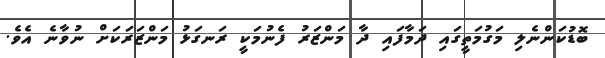
ބޮޑުކަންނެލި މަގުމަތީގައި ދަމާފައި ދާ މަންޒަރު ފެނުމަކީ ރަނގަޅު މަންޒަރަކަށް ނުވާނެ އެވެ.